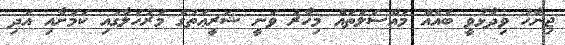
ޖިނާހު ވިދާޅުވީ ބައެއް މައްސަލަތައް މިހާރު ވަނީ ޝަރީޢަތުގެ މަރުހަލާގައި ކަމަށާއި އަދި